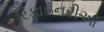
રિફાઇનરીઓ